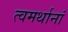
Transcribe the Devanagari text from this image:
त्वमर्थानां